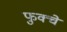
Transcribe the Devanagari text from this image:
फुक्चे